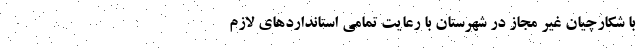
با شکارچیان غیر مجاز در شهرستان با رعایت تمامی استاندارد‌های لازم